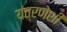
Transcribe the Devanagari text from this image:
यंत्रणेशी